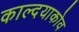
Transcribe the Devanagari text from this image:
काल्दयाकोव